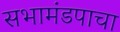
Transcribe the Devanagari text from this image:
सभामंडपाचा